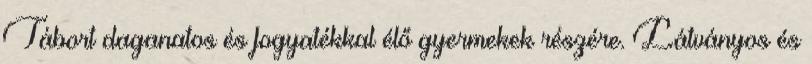
Tábort daganatos és fogyatékkal élő gyermekek részére. Látványos és